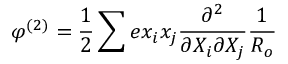
\varphi ^ { ( 2 ) } = \frac { 1 } { 2 } \sum e x _ { i } x _ { j } \frac { \partial ^ { 2 } } { \partial X _ { i } \partial X _ { j } } \frac { 1 } { R _ { o } }